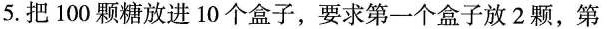
5.把100颗糖放进10个盒子，要求第一个盒子放2颗，第